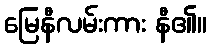
မြေနီလမ်းကား နီ၏။